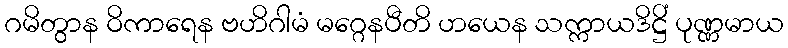
ဂမိတွာန ဝိကာရေန ဗဟိဂါမံ မဂ္ဂေနပီတိ ဟယေန သက္ကာယဒိဋ္ဌိံ ပုဏ္ဏမာယ